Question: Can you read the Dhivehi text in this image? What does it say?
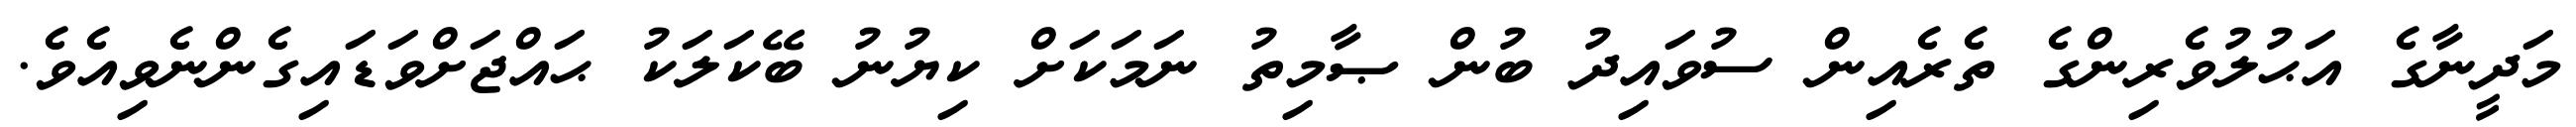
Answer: މަދީނާގެ އަޙުލުވެރިންގެ ތެރެއިން ސުވައިދު ބުން ޞާމިތު ނަމަކަށް ކިޔުނު ބޭކަލަކު ޙައްޖަށްވަޑައިގެންނެވިއެވެ.